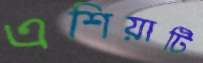
এশিয়াটি